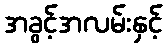
အခွင့်အလမ်းနှင့်